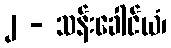
၂ - သန်းခေါင်ယံ၊